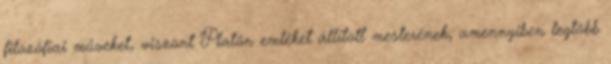
filozófiai műveket, viszont Platón emléket állított mesterének, amennyiben legtöbb